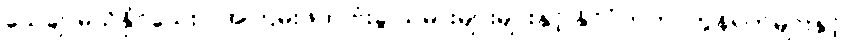
သေချာမသိနိုင်သေးပဲ အကြမ်းဖက် ဗုံးခွဲ သမားများများနှင့် နိုင်ငံတကာကွန်ရက်များနှင့်